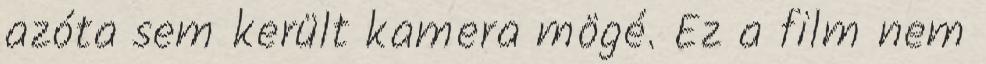
azóta sem került kamera mögé. Ez a film nem